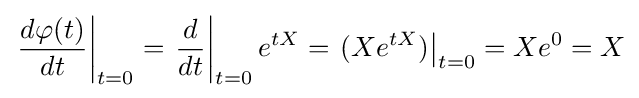
\left.{\frac {d\varphi (t)}{dt}}\right|_{t=0}=\left.{\frac {d}{dt}}\right|_{t=0}e^{tX}=\left.(Xe^{tX})\right|_{t=0}=Xe^{0}=X